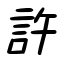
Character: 許